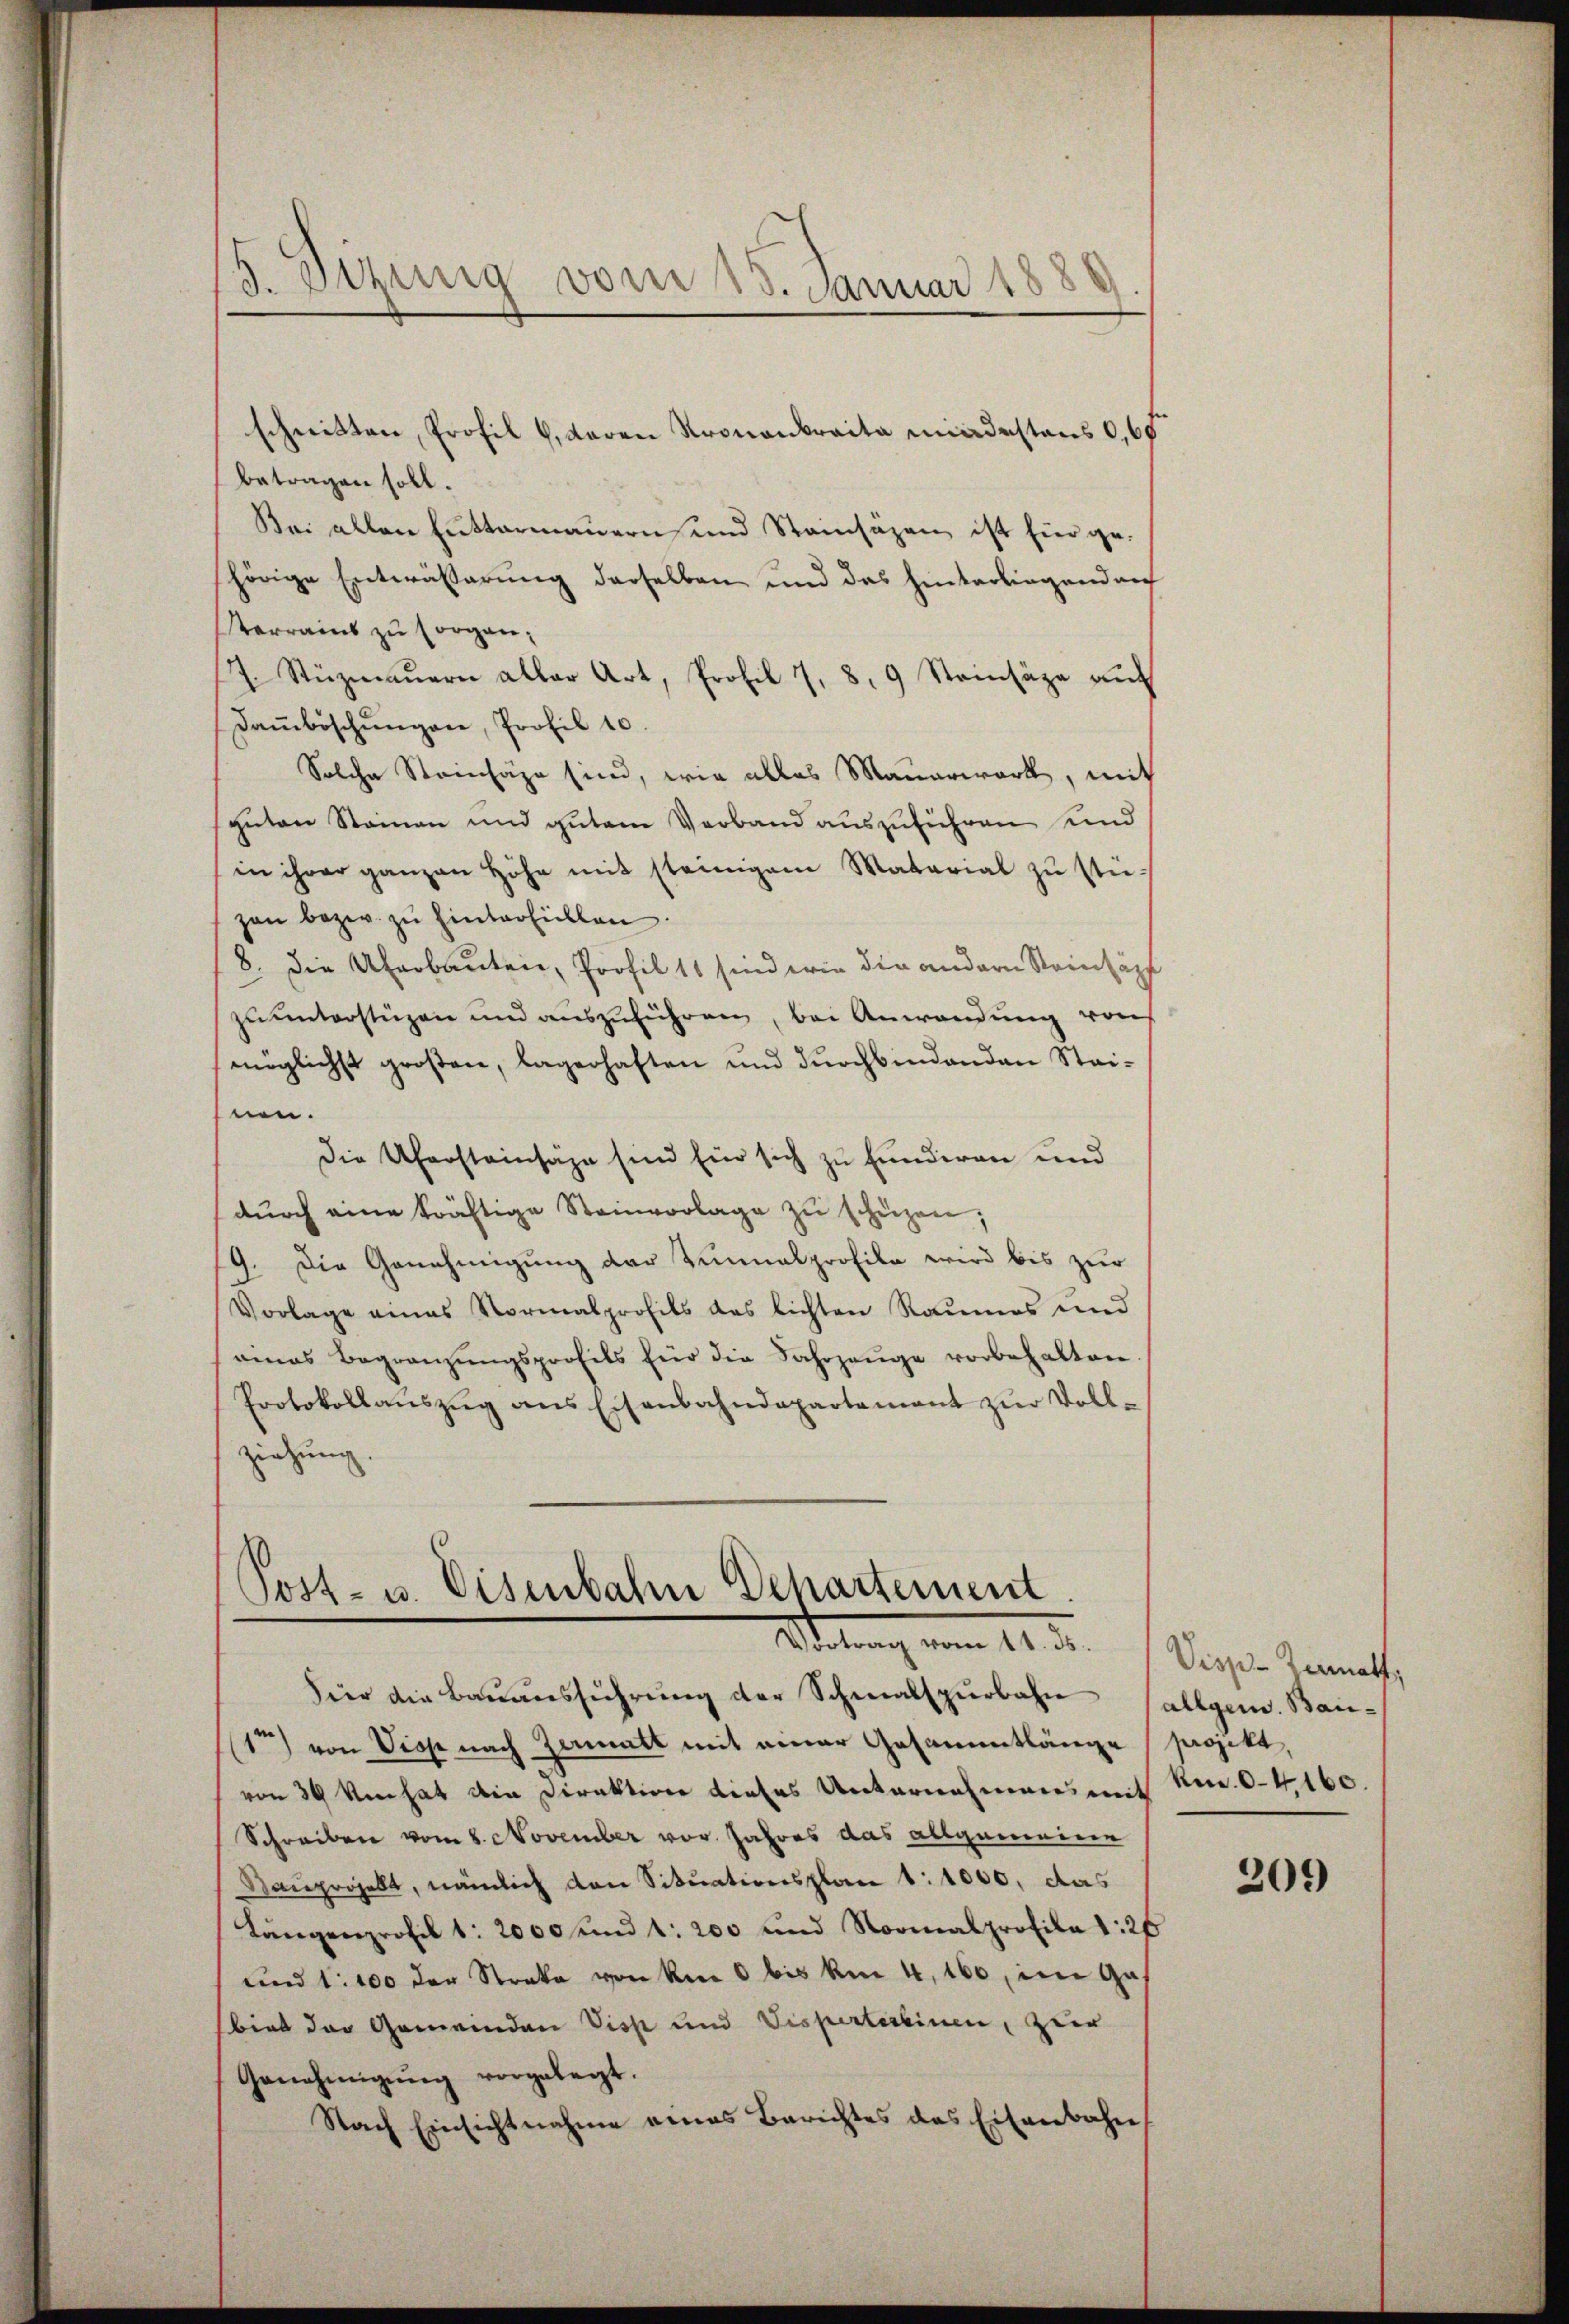
d
3. Dezung vom 23. Januar 188

schnitten, Profil , deren Kronenbraita madestens 0,6
betragen soll.
Bei allen Futtermauern und Steinsäzen ist hier gehörige Entwässerung derselben und das hinterliegend auf
terrains zŭ sorgan¬
7. Stüzmaŭern aller Art, Profil 7, 8. 9 Steinsäze aŭf
Daṁböschŭngen, Profil 10.
Solche Steinhäge sind, wie alles Mauerwart, mit
sguten Steinen und gutem Verband auszuführen und
in ihrer ganzen Höhe mit steinigem Matarial zŭ stüzan bezw. zu hinterfüllen.
8. die Überbauten, Profil 11 sind wie die andern Steinsäpf
zu unterstüzen und auszuführen, bei Anwendung von
möglichst großen, lagerhaften und durchbindenden Steinen.
Die Ufersteinsähe sind für sich zu funderen und
dŭrch eine kräftige Steinvorlage zŭ schüzen;
9. Die Genehmigung der Tennalprofile wird bis zur
Vorlage eines Normalprofils das lichten Raumes und
eines Begränzŭngsprofils für die Fahrzeŭge vorbehalten.
Protokollaŭszŭg ans Eisenbahndepartamant zŭr Voll-
ziehung.

Post- u. Eisenbahn Departement.
Dirung vom 14. d.

Für die Bauausführŭng der Schmalspurbahn allgem. Bai¬

1ten) von Viose nach Zermatt mit einer Gesammtlänge (projekt,
von 39 den hat die Direktion dieses Unternahmens mit No. 6. 160.
Schreiben vom 8. November vor. Jahres das allgemeine
Rauprojekt, nämlich den Situationsplan 1:1000, das
Längenprofil 1. 2000 und 1. 200 und Normalprofila 1:26
und 1100 der Streke von km 6 bis am 4. 160, im Gas
biet der Gemeinden Viss und Dispertereinen, zuer
Genehmigŭng vorgelegt.
Nach Einsichtnahme eines Berichtes des Eisenbahn

Visp-Zermalf,

209